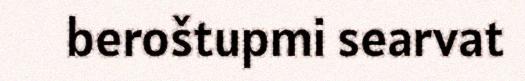
beroštupmi searvat